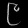
Digit: ၉